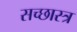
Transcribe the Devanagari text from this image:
सच्छास्त्र